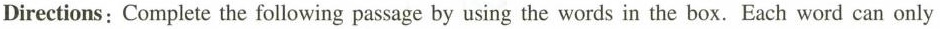
Directions: Complete the following passage by using the words in the box. Each word can only